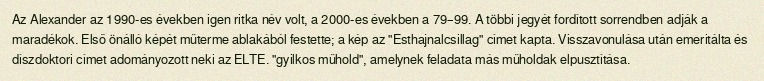
Az Alexander az 1990-es években igen ritka név volt, a 2000-es években a 79–99. A többi jegyét fordított sorrendben adják a maradékok. Első önálló képét műterme ablakából festette; a kép az "Esthajnalcsillag" címet kapta. Visszavonulása után emeritálta és díszdoktori címet adományozott neki az ELTE. "gyilkos műhold", amelynek feladata más műholdak elpusztítása.